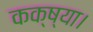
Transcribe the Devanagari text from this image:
कक्ष्या।